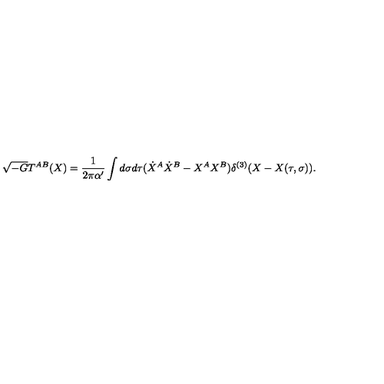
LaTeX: \sqrt { - G } T ^ { A B } ( X ) = \frac { 1 } { 2 \pi \alpha ^ { \prime } } \int d \sigma d \tau ( \dot { X } ^ { A } \dot { X } ^ { B } - X ^ { A } X ^ { B } ) \delta ^ { ( 3 ) } ( X - X ( \tau , \sigma ) ) .